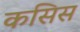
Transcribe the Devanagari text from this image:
कसिस